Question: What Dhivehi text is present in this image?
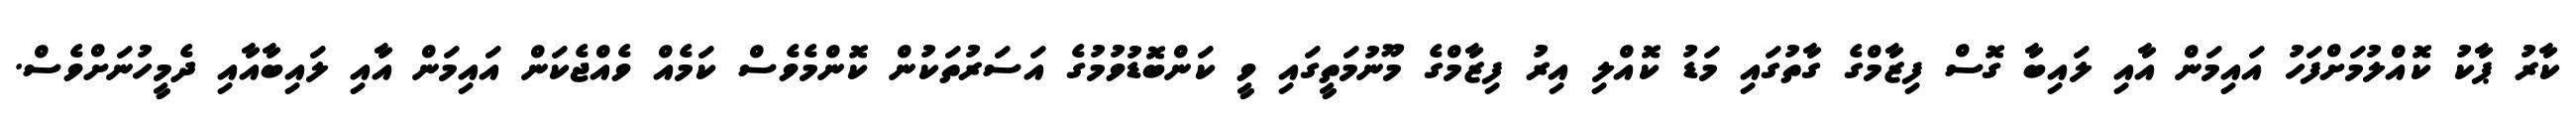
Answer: ކާރު ޕާކު ކޮއްލުމަށްފަހު އައިމަން އާއި ލައިބާ ގޮސް ފިޒާމްގެ ގާތުގައި މަޑު ކޮއްލި އިރު ފިޒާމްގެ މޫނުމަތީގައި ވީ ކަންބޮޑުވުމުގެ އަސަރުތަކުން ކޮންމެވެސް ކަމެއް ވެއްޖެކަން އައިމަން އާއި ލައިބާއާއި ދެމީހުނަށްވެސް.